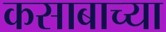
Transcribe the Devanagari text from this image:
कसाबाच्या